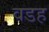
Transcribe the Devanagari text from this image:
वडह